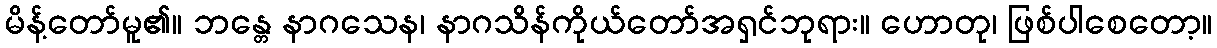
မိန့်တော်မူ၏။ ဘန္တေ နာဂသေန၊ နာဂသိန်ကိုယ်တော်အရှင်ဘုရား။ ဟောတု၊ ဖြစ်ပါစေတော့။